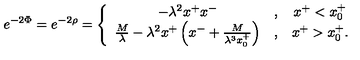
e ^ { - 2 \Phi } = e ^ { - 2 \rho } = \left\{ \begin{array} { c c c } { - \lambda ^ { 2 } x ^ { + } x ^ { - } } & { , } & { x ^ { + } < x _ { 0 } ^ { + } } \\ { { \frac { M } { \lambda } } - \lambda ^ { 2 } x ^ { + } \left( x ^ { - } + { \frac { M } { \lambda ^ { 3 } x _ { 0 } ^ { + } } } \right) } & { , } & { x ^ { + } > x _ { 0 } ^ { + } . } \\ \end{array} \right.